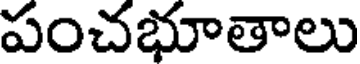
పంచభూతాలు